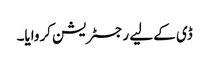
ڈی کے لیے رجسٹریشن کروایا۔